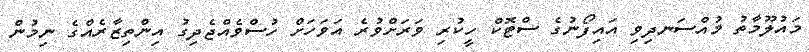
މައުލޫމާތު މުއްސަނދިވި އައިފޯނުގެ ސްޓޮކް ހީކުރި ވަރަށްވުރެ އަވަހަށް ހުސްވެއްޖެދިގު އިންތިޒާރެއްގެ ނިމުން